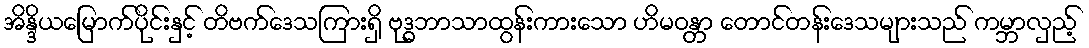
အိန္ဒိယမြောက်ပိုင်းနှင့် တိဗက်ဒေသကြားရှိ ဗုဒ္ဓဘာသာထွန်းကားသော ဟိမဝန္တာ တောင်တန်းဒေသများသည် ကမ္ဘာလှည့်